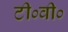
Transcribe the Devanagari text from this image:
टी०वी०